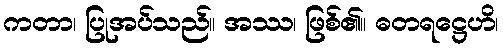
ကတာ၊ ပြုအပ်သည်။ အဿ၊ ဖြစ်၏။ ဓတရဋ္ဌေဟိ၊